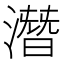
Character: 潛